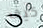
كيف